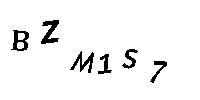
BZM1S7